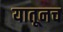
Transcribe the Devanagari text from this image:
यातूनच